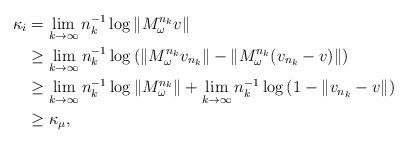
LaTeX: \begin{align*}\kappa_i&=\lim_{k\to\infty}n_k^{-1}\log\Vert M^{n_k}_\omega v\Vert \\&\ge\lim_{k\to\infty}n_k^{-1}\log\left(\Vert M^{n_k}_\omega v_{n_k} \Vert -\Vert M^{n_k}_\omega (v_{n_k}-v)\Vert\right)\\&\ge \lim_{k\to\infty}n_k^{-1}\log\Vert M^{n_k}_\omega\Vert+\lim_{k\to\infty}n_k^{-1}\log\left(1-\Vert v_{n_k}-v\Vert\right)\\&\ge \kappa_\mu,\end{align*}